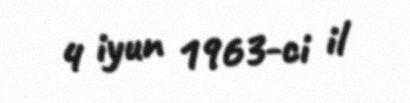
4 iyun 1963-ci il